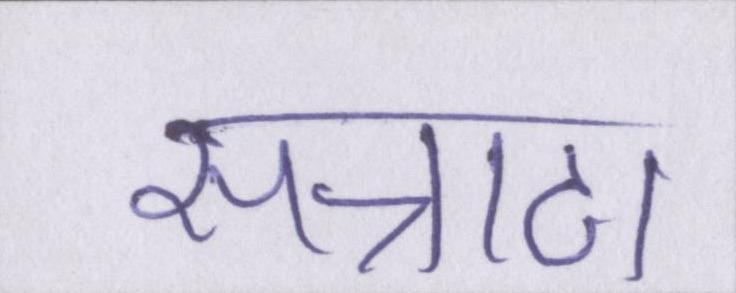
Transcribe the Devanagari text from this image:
सन्नाटा